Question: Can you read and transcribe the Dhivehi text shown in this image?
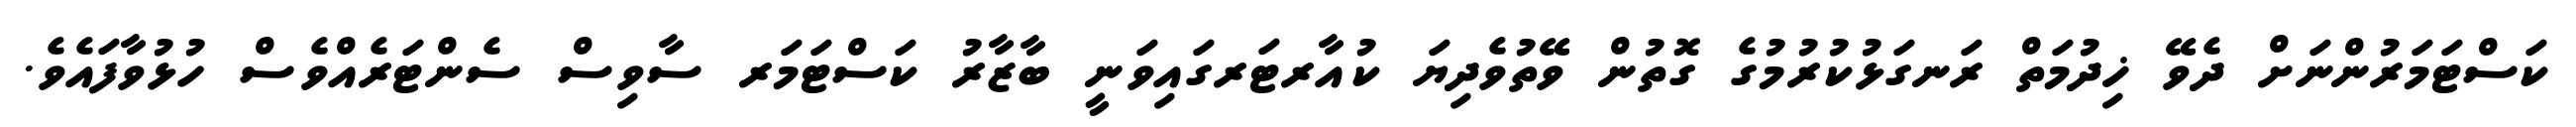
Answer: ކަސްޓަމަރުންނަށް ދެވޭ ޚިދުމަތް ރަނގަޅުކުރުމުގެ ގޮތުން ވޭތުވެދިޔަ ކުއާރޓަރގައިވަނީ ބާޒާރު ކަސްޓަމަރ ސާވިސް ސެންޓަރެއްވެސް ހުޅުވާފައެވެ.